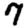
Digit: 7